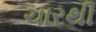
ચારથી